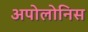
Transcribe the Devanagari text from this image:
अपोलोनिस